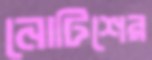
নোটিশের